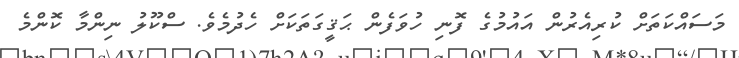
މަސައްކަތަށް ކުރިއެރުން އައުމުގެ ފޮނި ހުވަފެން ޙަޤީގަތަކަށް ހެދުމެވެ. ސްކޫލު ނިންމާ ކޮންމެ